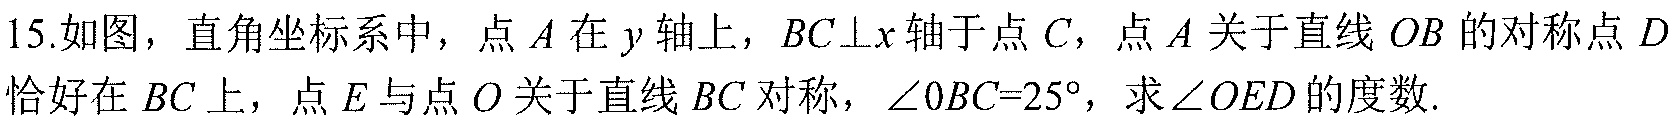
15.如图，直角坐标系中，点 \(A\) 在 \(y\) 轴上，\(BC\perp x\) 轴于点 \(C\)，点 \(A\) 关于直线 \(OB\) 的对称点 \(D\) 恰好在 \(BC\) 上，点 \(E\) 与点 \(O\) 关于直线 \(BC\) 对称，\(\angle OBC = 25^{\circ}\)，求 \(\angle OED\) 的度数.